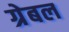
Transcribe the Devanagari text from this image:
ग्रेबल